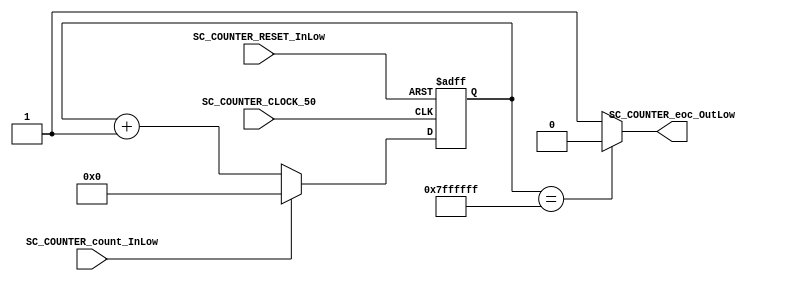
//##########################################################################
//######					G0B1T HDL EXAMPLES											####
//######	Fredy Enrique Segura-Quijano fsegura@uniandes.edu.co				####   
//######																						####   
//######				MODIFICADO: Marzo de 2018 - FES								####   
//##########################################################################
//# G0B1T
//# Copyright (C) 2018 Bogot, Colombia
//# 
//# This program is free software: you can redistribute it and/or modify
//# it under the terms of the GNU General Public License as published by
//# the Free Software Foundation, version 3 of the License.
//#
//# This program is distributed in the hope that it will be useful,
//# but WITHOUT ANY WARRANTY; without even the implied warranty of
//# MERCHANTABILITY or FITNESS FOR A PARTICULAR PURPOSE.  See the
//# GNU General Public License for more details.
//#
//# You should have received a copy of the GNU General Public License
//# along with this program.  If not, see <http://www.gnu.org/licenses/>.
//#/
//###########################################################################

//=======================================================
//  MODULE Definition
//=======================================================
module SC_COUNTERTRANSITION #(parameter COUNTER_DATAWIDTH_BUS=27)(
//////////// OUTPUTS //////////
	SC_COUNTER_eoc_OutLow,
//////////// INPUTS //////////
	SC_COUNTER_CLOCK_50,
	SC_COUNTER_RESET_InLow,
	SC_COUNTER_count_InLow
);
//=======================================================
//  PARAMETER declarations
//=======================================================

//=======================================================
//  PORT declarations
//=======================================================
	output   reg SC_COUNTER_eoc_OutLow;
	input		SC_COUNTER_CLOCK_50;
	input		SC_COUNTER_RESET_InLow;
	input 	SC_COUNTER_count_InLow;
//=======================================================
//  REG/WIRE declarations
//=======================================================
	reg [COUNTER_DATAWIDTH_BUS-1:0] COUNTER_Register;
	reg [COUNTER_DATAWIDTH_BUS-1:0] COUNTER_Signal;
//=======================================================
//  Structural coding
//=======================================================
//INPUT LOGIC: COMBINATIONAL
	always @ (*)
	if (SC_COUNTER_count_InLow == 1'b1)	
		COUNTER_Signal = 0;
	else 
		COUNTER_Signal = COUNTER_Register + 1'b1;

		// REGISTER : SEQUENTIAL
	always @ ( posedge SC_COUNTER_CLOCK_50 , negedge SC_COUNTER_RESET_InLow)
	if (SC_COUNTER_RESET_InLow == 1'b0)
		COUNTER_Register <= 0;
	else
		COUNTER_Register <= COUNTER_Signal;
//=======================================================
//  Outputs
//=======================================================
// OUTPUT LOGIC : COMBINATIONAL
	always @ (*)
		if (COUNTER_Register== 27'b111111111111111111111111111)
			SC_COUNTER_eoc_OutLow = 1'b0;
		else
			SC_COUNTER_eoc_OutLow = 1'b1;
endmodule